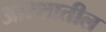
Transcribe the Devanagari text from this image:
आरशातील